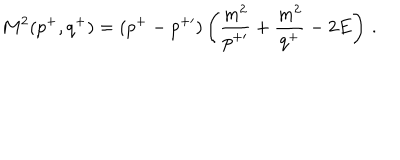
M ^ { 2 } ( p ^ { + } , q ^ { + } ) = ( p ^ { + } - p ^ { + \prime } ) \left( { \frac { m ^ { 2 } } { p ^ { + \prime } } } + { \frac { m ^ { 2 } } { q ^ { + } } } - 2 E \right) \, .